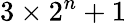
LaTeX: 3\times 2^{n}+1